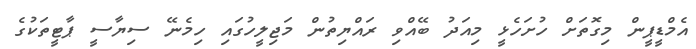
އެމްޑީޕީން މިގޮތަށް ހުށަހެޅީ މިއަދު ބޭއްވި ރައްޔިތުން މަޖިލީހުގައި ހިމެނޭ ސިޔާސީ ޕާޓީތަކުގެ